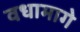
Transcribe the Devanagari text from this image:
वधामागे